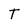
Character: T